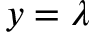
y = \lambda